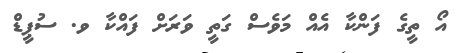
އޯ ތީގެ ފަންކާ އެއް މަވެސް ގަތީ ވަރަށް ފައްކާ ވ. ސުޕީޑް